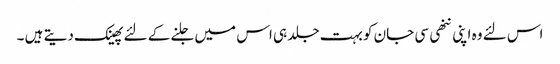
اس لئے وہ اپنی ننھی سی جان کو بہت جلد ہی اس میں جلنے کے لئے پھینک دیتے ہیں ۔